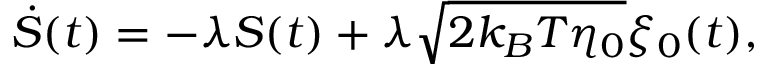
\dot { S } ( t ) = - \lambda S ( t ) + \lambda \sqrt { 2 k _ { B } T \eta _ { 0 } } \xi _ { 0 } ( t ) ,